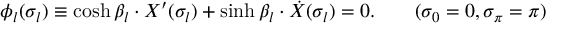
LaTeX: \phi _ { l } ( \sigma _ { l } ) \equiv \cosh \beta _ { l } \cdot X ^ { \prime } ( \sigma _ { l } ) + \sinh \beta _ { l } \cdot \dot { X } ( \sigma _ { l } ) = 0 . \qquad ( \sigma _ { 0 } = 0 , \sigma _ { \pi } = \pi )